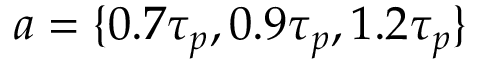
a = \{ 0 . 7 \tau _ { p } , 0 . 9 \tau _ { p } , 1 . 2 \tau _ { p } \}